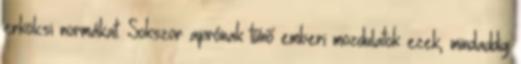
erkölcsi normákat. Sokszor aprónak tűnő emberi mozdulatok ezek, mindaddig